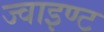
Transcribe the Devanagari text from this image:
ज्वाइण्ट